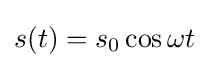
s(t)=s_{0}\cos \omega t